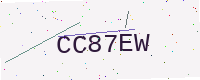
Text: CC87EW